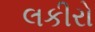
લકીરો